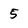
Character: 5